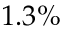
1 . 3 \%